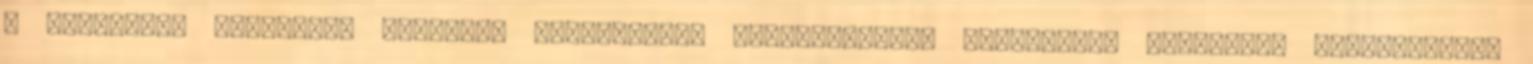
- kérdeztem magamtól. Magányos gyerekként, tizenévesként filozófiát olvastam, művészettel,